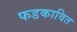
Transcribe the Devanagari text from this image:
फडकावित